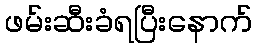
ဖမ်းဆီးခံရပြီးနောက်